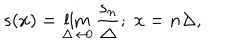
LaTeX: s ( x ) = \lim _ { \Delta \rightarrow 0 } \frac { s _ { n } } { \Delta } ; \; x = n \Delta ,